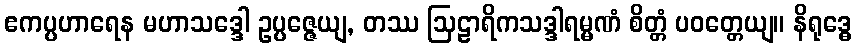
ဧကပ္ပဟာရေန မဟာသဒ္ဒေါ ဥပ္ပဇ္ဇေယျ, တဿ ဩဠာရိကသဒ္ဒါရမ္မဏံ စိတ္တံ ပဝတ္တေယျ။ နိရုဒ္ဓေ